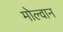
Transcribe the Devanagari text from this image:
मोल्वान